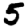
Digit: 5